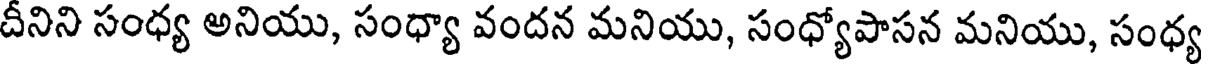
దీనిని సంధ్య అనియు, సంధ్యా వందన మనియు, సంధ్యోపాసన మనియు, సంధ్య